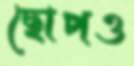
ছোপও